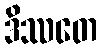
ဒိဿတေ